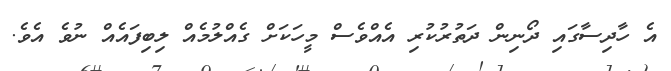
އެ ހާދިސާގައި ދޯނިން ދަތުރުކުރި އެއްވެސް މީހަކަށް ގެއްލުމެއް ލިބިފައެއް ނުވެ އެވެ.